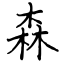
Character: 森